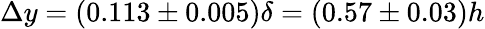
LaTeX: \Delta y=(0.113\pm 0.005)\delta=(0.57\pm 0.03)h